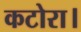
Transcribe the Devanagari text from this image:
कटोरा।